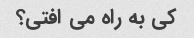
کی به راه می افتی؟